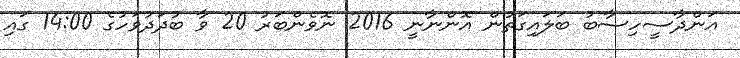
އަންދާސީހިސާބު ބަލައިގަތުން އޮންނާނީ 2016 ނޮވެންބަރު 20 ވާ ބުދަދުވަހުގެ 14:00 ގައި